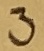
Text: 3